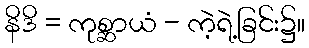
နိဒိ = ကုစ္ဆာယံ - ကဲ့ရဲ့ခြင်း၌။